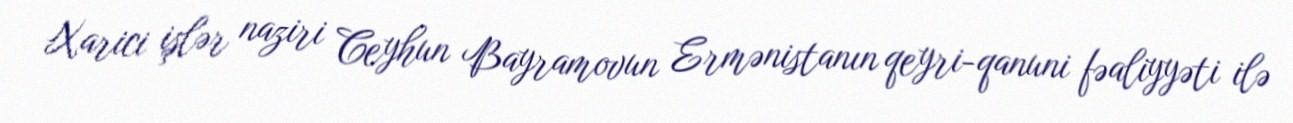
Xarici işlər naziri Ceyhun Bayramovun Ermənistanın qeyri-qanuni fəaliyyəti ilə